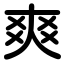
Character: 爽